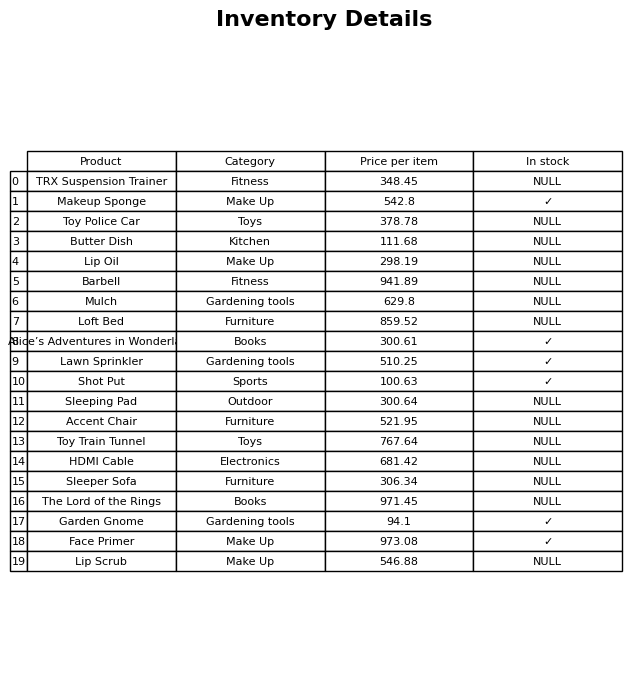
question: What is the price for Mulch?
answer: The price of Mulch is 629.8.